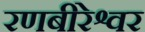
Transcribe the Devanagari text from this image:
रणबीरेश्वर